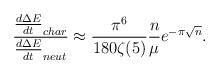
LaTeX: \begin{align*}\frac{\frac{d\Delta E}{dt}_{char}}{ \frac{d\Delta E}{dt}_{neut}} \approx \frac{\pi^6}{180 \zeta(5)}\frac{n}{\mu} e^{-\pi \sqrt{n}}. \end{align*}